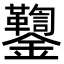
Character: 𨰌